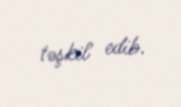
təşkil edib.